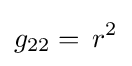
g_{22}=\,r^{2}